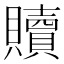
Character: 贖